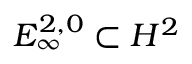
E _ { \infty } ^ { 2 , 0 } \subset H ^ { 2 }